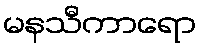
မနသီကာရော